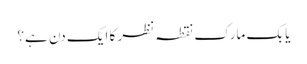
یا بک مارک نقطہ نظر کا ایک دن ہے؟